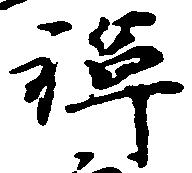
禅